Report of the Municipal Commissioner on the plague in Bombay for the year ending 31st May... - Volume 1
Disease focus: Plague
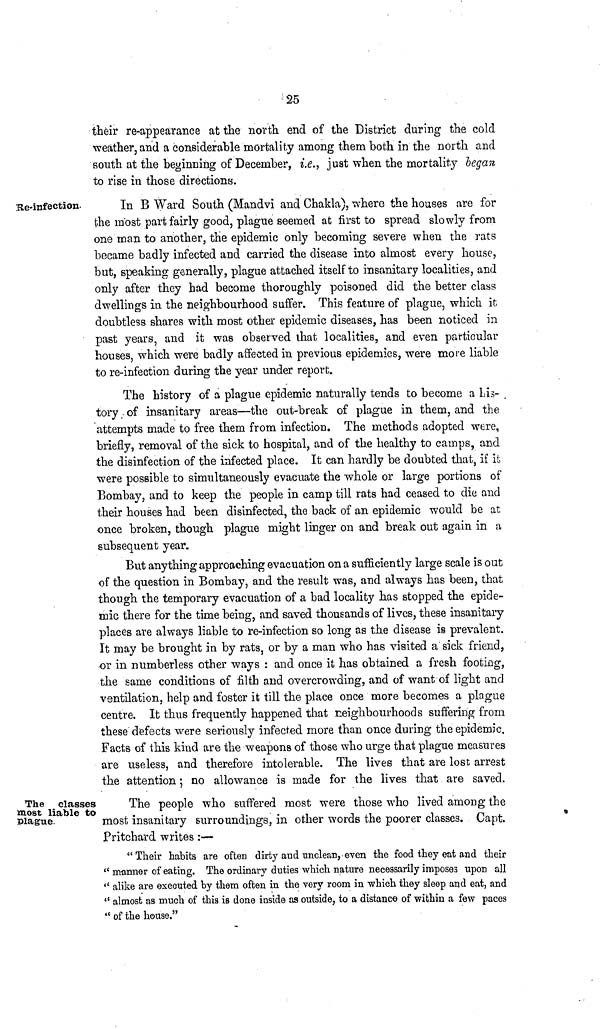
25
their re-appearance at the north end of the District during the cold
weather, and a considerable mortality among them both in the north and
south at the beginning of December, i.e., just when the mortality began
to rise in those directions.
He-infection.
In B Ward South (Mandvi and Chakla), where the houses are for
the most part fairly good, plague seemed at first to spread slowly from
one man to another, the epidemic only becoming severe when the rats
became badly infected and carried the disease into almost every house,
but, speaking generally, plague attached itself to insanitary localities, and
only after they had become thoroughly poisoned did the better class
dwellings in the neighbourhood suffer. This feature of plague, which it
doubtless shares with most other epidemic diseases, has been noticed in
past years, and it was observed that localities, and even particular
houses, which were badly affected in previous epidemics, were more liable
to re-infection during the year under report.
The history of a plague epidemic naturally tends to become a Lis-
tory of insanitary areas—the out-break of plague in them, and the
attempts made to free them from infection. The methods adopted were,
briefly, removal of the sick to hospital, and of the healthy to camps, and
the disinfection of the infected place. It can hardly be doubted that, if it
were possible to simultaneously evacuate the whole or large portions of
Bombay, and to keep the people in camp till rats had ceased to die and
their houses had been disinfected, the back of an epidemic would be at
once broken, though plague might linger on and break out again in a
subsequent year.
But any thing approaching evacuation on a sufficiently large scale is out
of the question in Bombay, and the result was, and always has been, that
though the temporary evacuation of a bad locality has stopped the epide-
mic there for the time being, and saved thousands of lives, these insanitary
places are always liable to re-infection so long as the disease is prevalent.
It may be brought in by rats, or by a man who has visited a sick friend,
or in numberless other ways : and once it has obtained a fresh footing,
the same conditions of filth and overcrowding, and of want of light and
ventilation, help and foster it till the place once more becomes a plague
centre. It thus frequently happened that neighbourhoods suffering from
these defects were seriously infected more than once during the epidemic.
Facts of this kind are the weapons of those who urge that plague measures
are useless, and therefore intolerable. The lives that are lost arrest
the attention: no allowance is made for the lives that are saved.
The classes
most liable to
.Plague.
The people who suffered most were those who lived among the
most insanitary surroundings, in other words the poorer classes. Capt.
Pritchard writes :—
" Their habits are often dirty and unclean, even the food they eat and their
" manner of eating. The ordinary duties which nature necessarily imposes upon all
" alike are executed by them often in the very room in which they sleep and eat, and
" almost as much of this is done inside as outside, to a distance of within a few paces
" of the house."